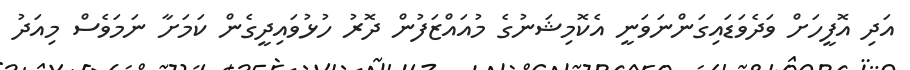
އަދި އޮފީހަށް ވަދެވަޑައިގަންނަވަނީ އެކޮމިޝަނުގެ މުއައްޒަފުން ދޮރު ހުޅުވައިދީގެން ކަމަށާ ނަމަވެސް މިއަދު